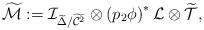
LaTeX: \begin{align*}\widetilde{\mathcal{M}}:=\mathcal{I}_{\widetilde{\Delta}/\widetilde{\mathcal{C}^{2}}}\otimes\left( p_{2}\phi\right) ^{\ast}\mathcal{L}\otimes\widetilde{\mathcal{T}}, \end{align*}